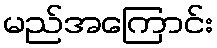
မည်အကြောင်း